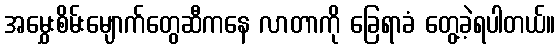
အမွှေးစိမ်းမျောက်တွေဆီကနေ လာတာကို ခြေရာခံ တွေ့ခဲ့ရပါတယ်။